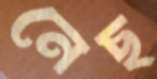
নেছ